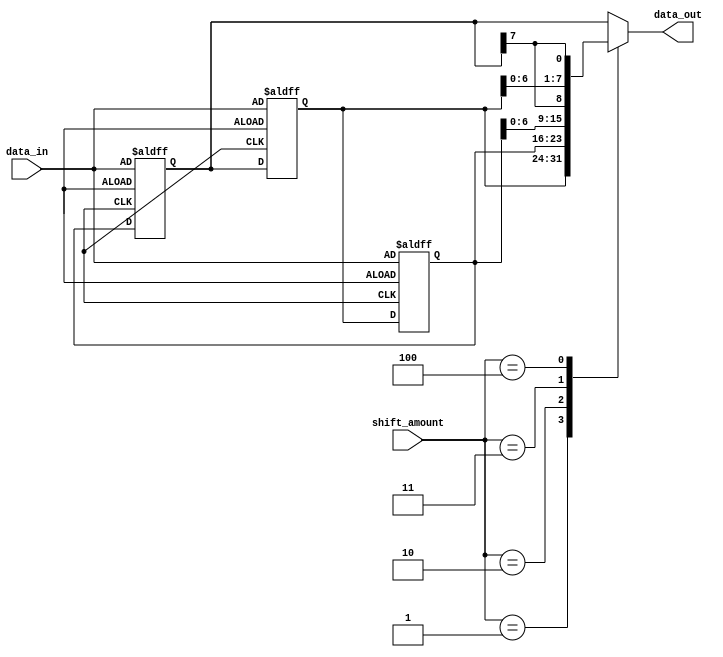
module circular_barrel_shifter (
    input wire [7:0] data_in, // Input data to be shifted
    input wire [2:0] shift_amount, // Amount to shift data by
    output wire [7:0] data_out // Output shifted data
);

reg [7:0] shift_reg [2:0]; // Array of shift registers

// Initialize shift registers with input data
always @ (posedge clk or negedge rst_n) begin
    if (~rst_n) begin
        shift_reg[0] <= data_in;
        shift_reg[1] <= data_in;
        shift_reg[2] <= data_in;
    end else begin
        shift_reg[0] <= shift_reg[2];
        shift_reg[1] <= shift_reg[0];
        shift_reg[2] <= shift_reg[1];
    end
end

// Perform left or right shifts based on shift amount
always @ (*) begin
    case (shift_amount)
        3'b000: data_out = shift_reg[0]; // No shift
        3'b001: data_out = shift_reg[1]; // 1 bit right shift
        3'b010: data_out = shift_reg[2]; // 2 bit right shift
        3'b011: data_out = {shift_reg[2][6:0], shift_reg[0][7]}; // 1 bit left shift
        3'b100: data_out = {shift_reg[1][6:0], shift_reg[0][7]}; // 2 bit left shift
        default: data_out = shift_reg[0]; // Default to no shift
    endcase
end

endmodule